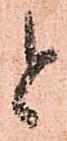
と